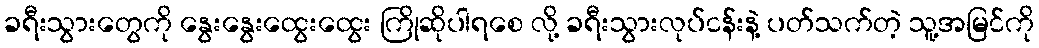
ခရီးသွားတွေကို နွေးနွေးထွေးထွေး ကြိုဆိုပါရစေ လို့ ခရီးသွားလုပ်ငန်းနဲ့ ပတ်သက်တဲ့ သူ့အမြင်ကို